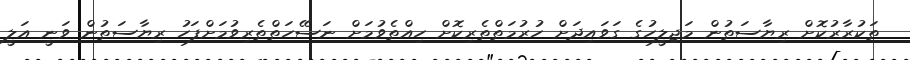
ތަކުރާރުކޮށް ރިޔާސަތުން މަޖިލީހުގެ ގަވައިދަށް ހުރުމަތްތެރިކޮށް ހިއްތެވުމަށް ނަސޭހަތްތެރިވުމަށްފަހު ރިޔާސަތުން ވަނީ އަލީ